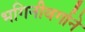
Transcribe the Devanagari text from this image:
भगिनीवर्गाने